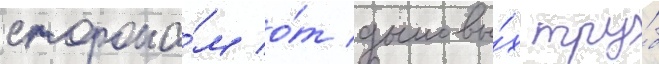
сторона́м о́т дымовы́х тру́б